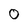
Character: 0